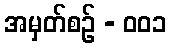
အမှတ်စဥ် - ၀၀၁